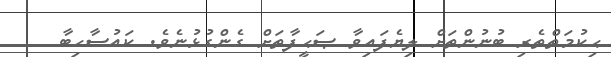
ޙިކުމަތްތެރި ބުނުންތަށް ލިޔެފައިވާ ޞަޙީފާތަށް ގެންގުޅުނެވެ. ކައުސާހިބާ